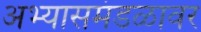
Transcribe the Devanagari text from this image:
अभ्यासमंडळावर